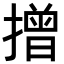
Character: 𢴣